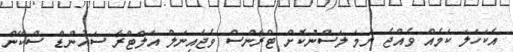
އެކަހަލަ ކަމެއް ވެއްޖެ ނަމަ ލަސްނުކޮށް ޓްރާންސް ވެޖައިނަލް އަލްޓްރާ ސައުންޑް ސްކޭން